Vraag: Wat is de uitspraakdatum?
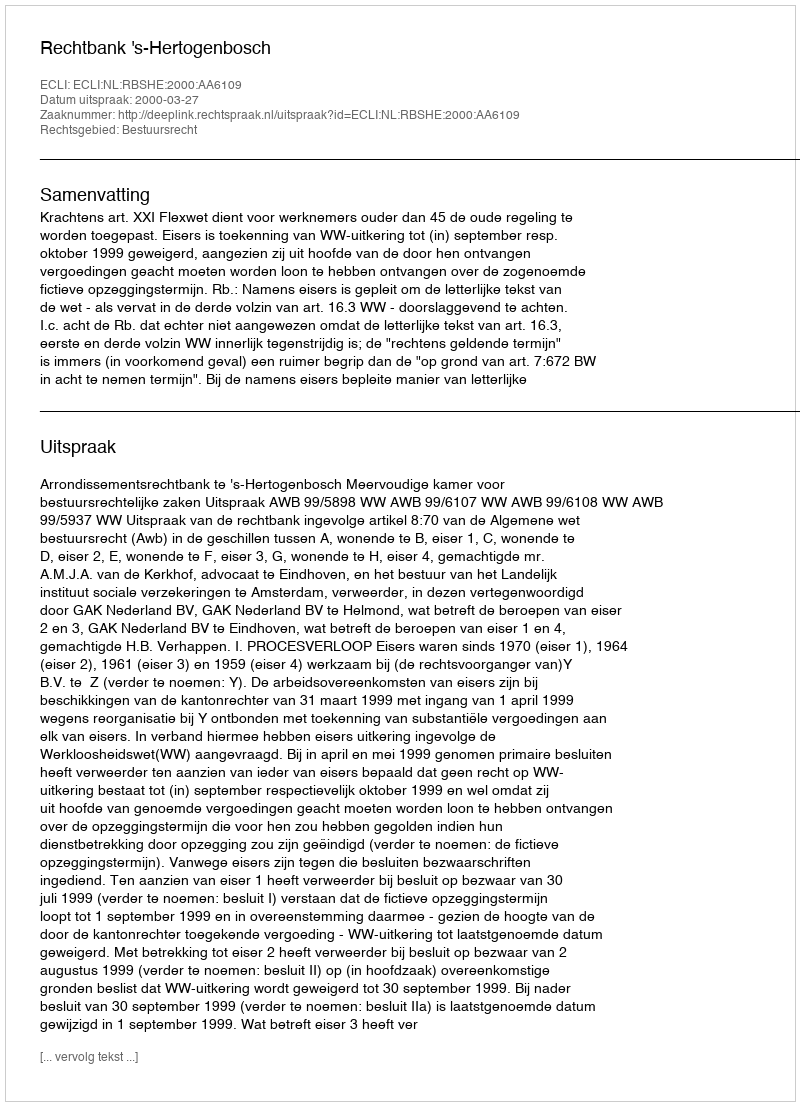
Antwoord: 2000-03-27